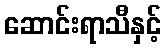
ဆောင်းရာသီနှင့်